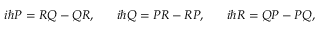
i \hbar P = R Q - Q R , \ \ \ \ \ i \hbar Q = P R - R P , \ \ \ \ \ i \hbar R = Q P - P Q ,